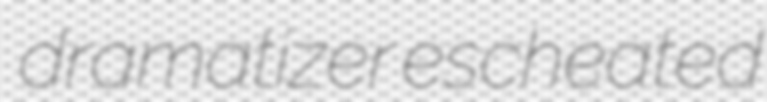
dramatizer escheated